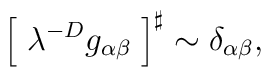
\left[\;\lambda ^{-D} g_{\alpha \beta }\;\right]^\sharp\sim \delta_{\alpha \beta },